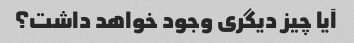
آیا چیز دیگری وجود خواهد داشت؟